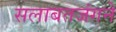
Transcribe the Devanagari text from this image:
सलाबतजंगने